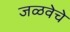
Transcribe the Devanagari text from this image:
जळवेचे